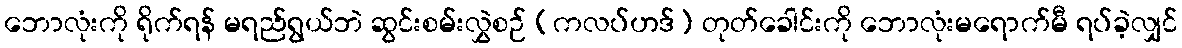
ဘောလုံးကို ရိုက်ရန် မရည်ရွယ်ဘဲ ဆွင်းစမ်းလွှဲစဉ် (ကလပ်ဟဒ်) တုတ်ခေါင်းကို ဘောလုံးမရောက်မီ ရပ်ခဲ့လျှင်